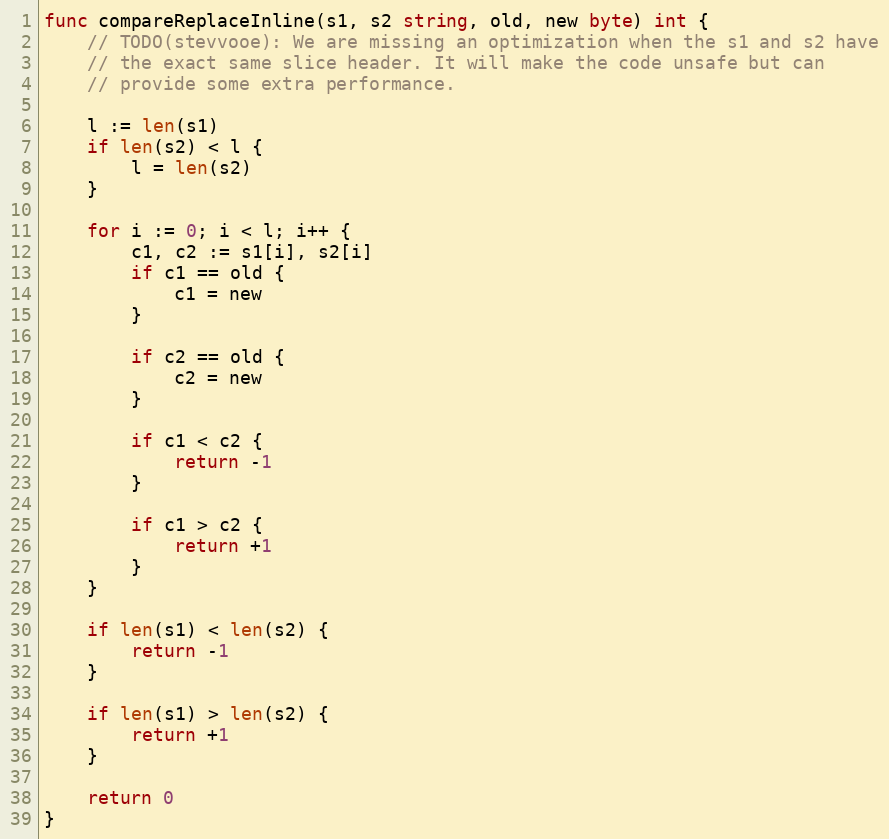
Language: Go
func compareReplaceInline(s1, s2 string, old, new byte) int {
	// TODO(stevvooe): We are missing an optimization when the s1 and s2 have
	// the exact same slice header. It will make the code unsafe but can
	// provide some extra performance.

	l := len(s1)
	if len(s2) < l {
		l = len(s2)
	}

	for i := 0; i < l; i++ {
		c1, c2 := s1[i], s2[i]
		if c1 == old {
			c1 = new
		}

		if c2 == old {
			c2 = new
		}

		if c1 < c2 {
			return -1
		}

		if c1 > c2 {
			return +1
		}
	}

	if len(s1) < len(s2) {
		return -1
	}

	if len(s1) > len(s2) {
		return +1
	}

	return 0
}